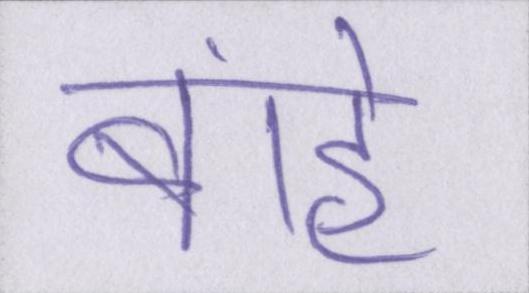
बांहें